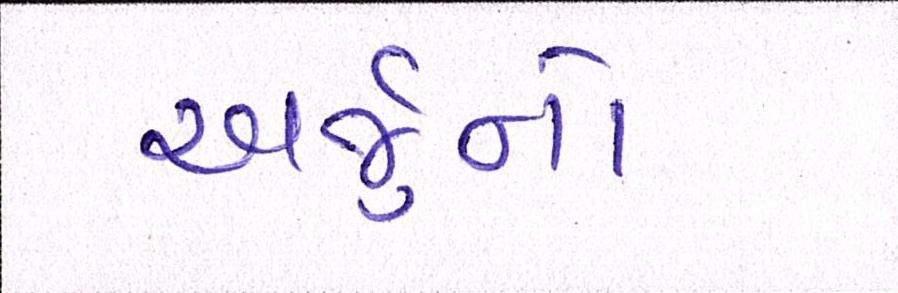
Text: અર્જુનો